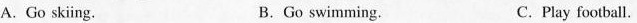
A.Go skiing B.Go swimming. C.Play football.